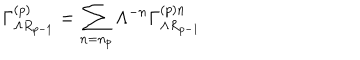
LaTeX: \Gamma _ { \Lambda R _ { p - 1 } } ^ { \left( p \right) } = \sum _ { n = n _ { p } } \Lambda ^ { - n } \Gamma _ { \Lambda R _ { p - 1 } } ^ { \left( p \right) n }